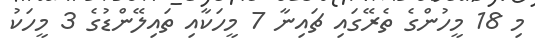
މި 18 މީހުންގެ ތެރޭގައި ޗައިނާ 7 މީހަކާއި ތައިލޭންޑުގެ 3 މީހަކު